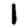
Digit: 1